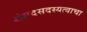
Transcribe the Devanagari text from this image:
संसदसदस्यत्वाचा